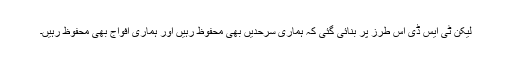
لیکن ٹی ایس ڈی اس طرز پر بنائی گئی کہ ہماری سرحدیں بھی محفوظ رہیں اور ہماری افواج بھی محفوظ رہیں۔